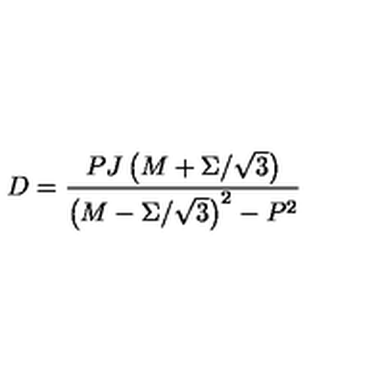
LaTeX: D = { \frac { P J \left( M + \Sigma / \sqrt { 3 } \right) } { \left( M - \Sigma / \sqrt { 3 } \right) ^ { 2 } - P ^ { 2 } } }